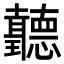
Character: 𦘏